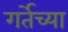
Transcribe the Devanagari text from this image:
गर्तेच्या